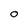
Character: O